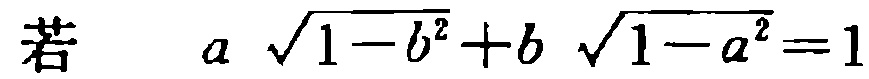
若\(a\sqrt{1 - b^{2}} + b\sqrt{1 - a^{2}} = 1\)